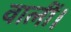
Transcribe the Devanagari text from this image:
वालीं।